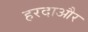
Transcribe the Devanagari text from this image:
हरदाऔर